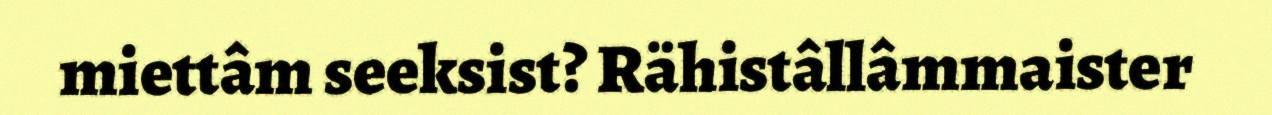
miettâm seeksist? Rähistâllâmmaister